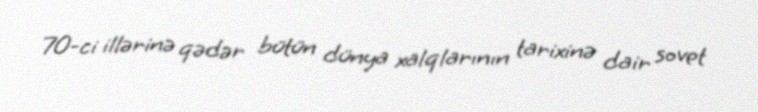
70-ci illərinə qədər bütün dünya xalqlarının tarixinə dair sovet